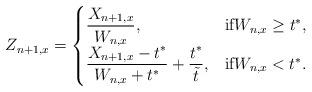
LaTeX: \begin{align*}Z_{n+1,x} = \begin{cases} \displaystyle \frac{X_{n+1,x}}{W_{n,x}}, & \mbox{if} W_{n,x} \geq t^{\ast},\\ \displaystyle \frac{X_{n+1,x} - t^{\ast}}{W_{n,x}+t^{\ast}} + \frac{t^{\ast}}{\Tilde{t}}, & \mbox{if} W_{n,x} < t^{\ast}.\end{cases}\end{align*}